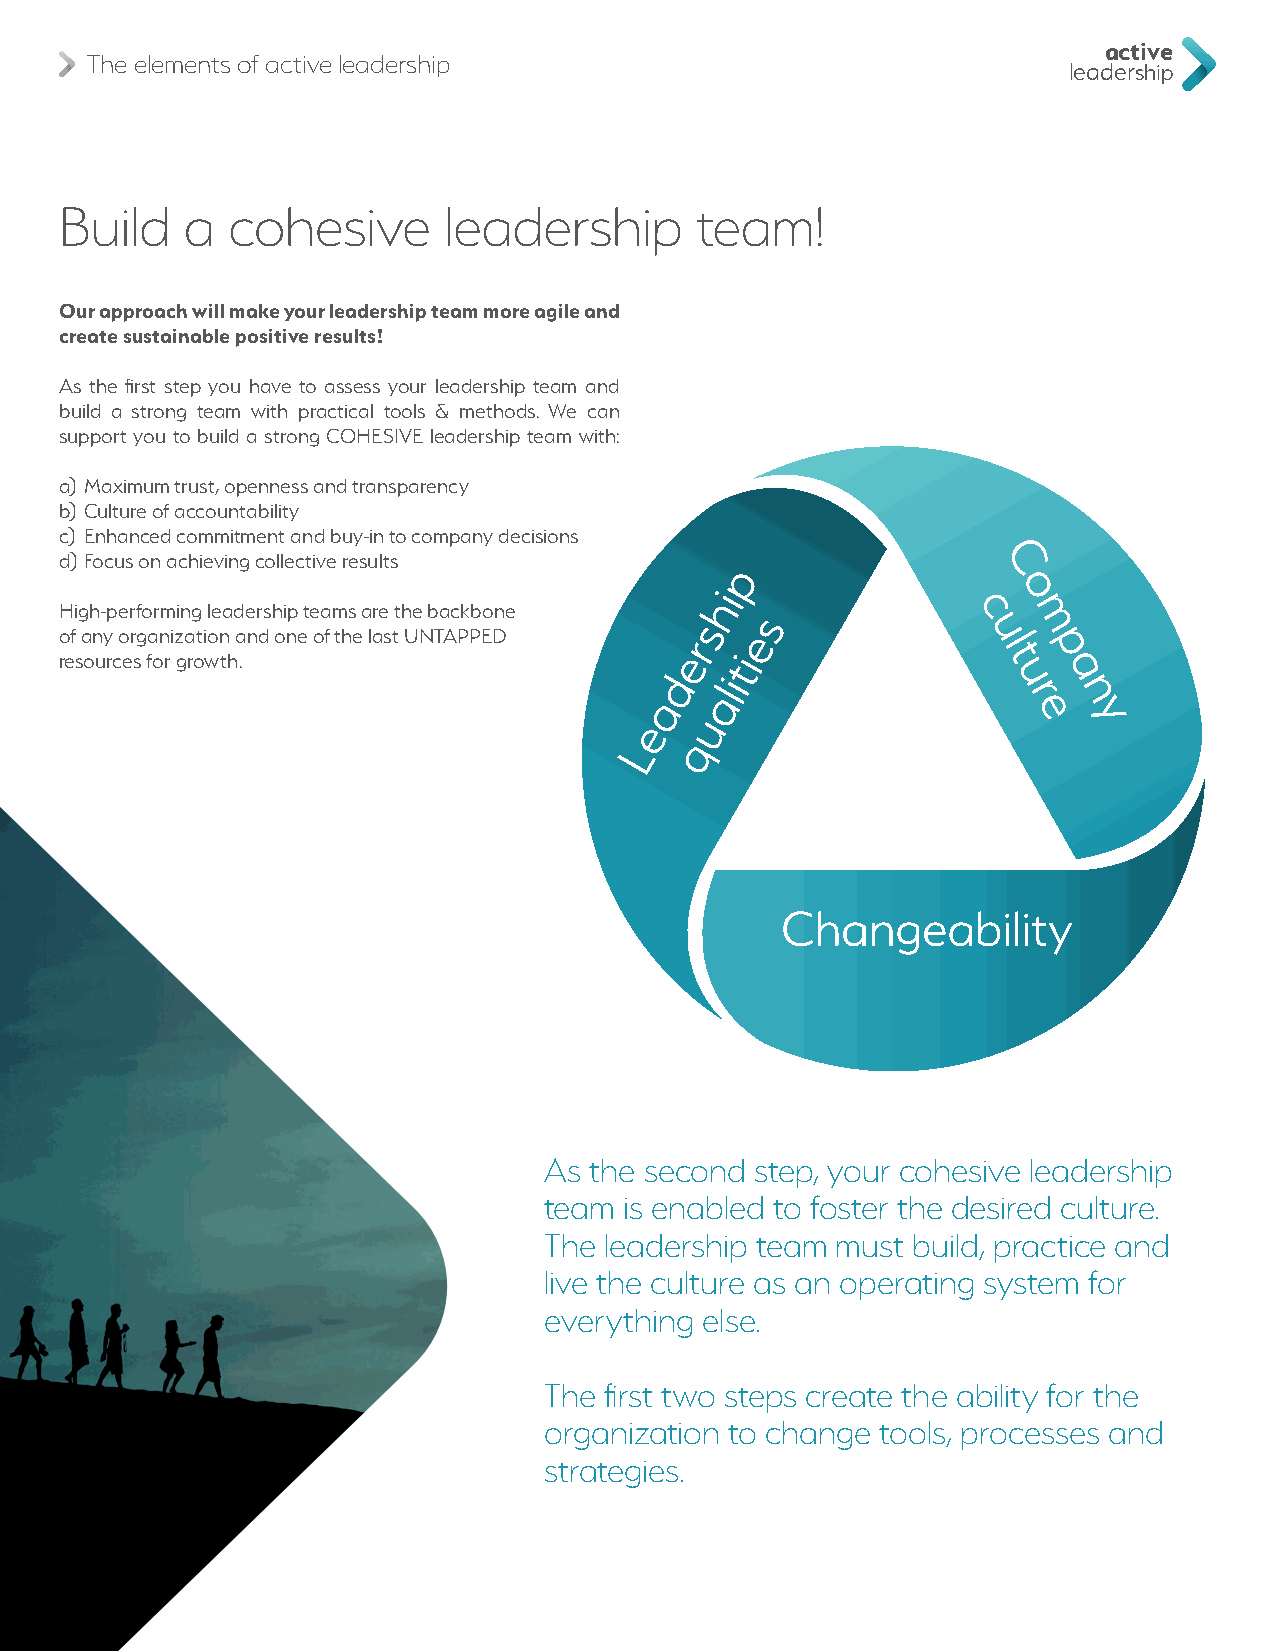
active
 The elements of active leadership
 leadership
 Build   a  cohesive      leadership       team!
 Our approach will make your leadership team more agile and
 create sustainable positive results!
 As the first step you have to assess your leadership team and
 build a strong team with practical tools & methods. We can
 support you to build a strong COHESIVE leadership team with:
 a) Maximum trust, openness and transparency
 b) Culture of accountability
 c) Enhanced commitment and buy-in to company decisions
 d) Focus on achieving collective results    p                 C
 i                   o
 h
 High-performing leadership teams are the backbone           c
 s   s                 m
 of any organization and one of the last UNTAPPED r e         u l p
 resources for growth.                   e   ti                t
 d  i                   ua
 a
 al                   rn
 e   u
 ey
 L   q
 Changeability
 As the second step, your cohesive leadership
 team is enabled to foster the desired culture.
 The leadership team must build, practice and
 live the culture as an operating system for
 everything else.
 The first two steps create the ability for the
 organization to change tools, processes and
 strategies.